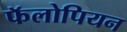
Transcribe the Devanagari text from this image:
फॅलोपियन